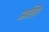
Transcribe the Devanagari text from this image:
अलिर